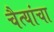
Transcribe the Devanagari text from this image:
चैत्यांचा